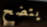
يتضح